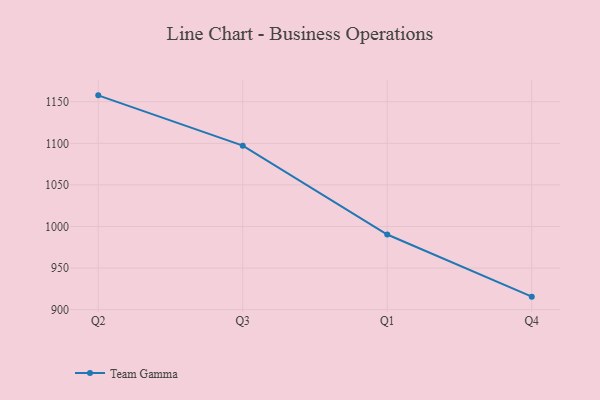
{"axis": {"x": "Quarter", "y": "Inventory Turnover"}, "legend": ["Team Gamma"], "data": [{"x": "Q2", "y": 1157.7, "type": "Team Gamma"}, {"x": "Q3", "y": 1097.2, "type": "Team Gamma"}, {"x": "Q1", "y": 990.3, "type": "Team Gamma"}, {"x": "Q4", "y": 915.6, "type": "Team Gamma"}]}